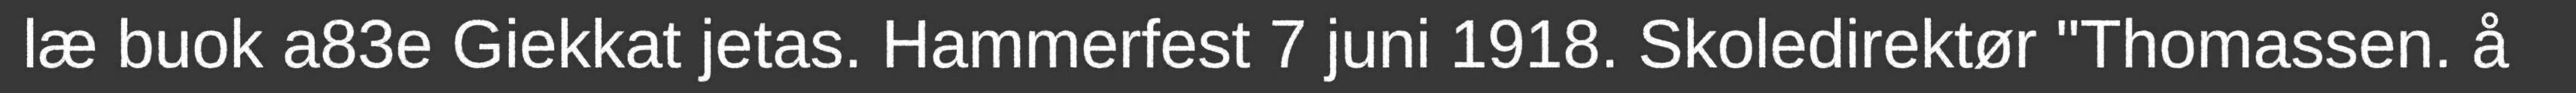
læ buok a83e Giekkat jetas. Hammerfest 7 juni 1918. Skoledirektør "Thomassen. å